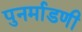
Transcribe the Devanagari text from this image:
पुनर्माडणी